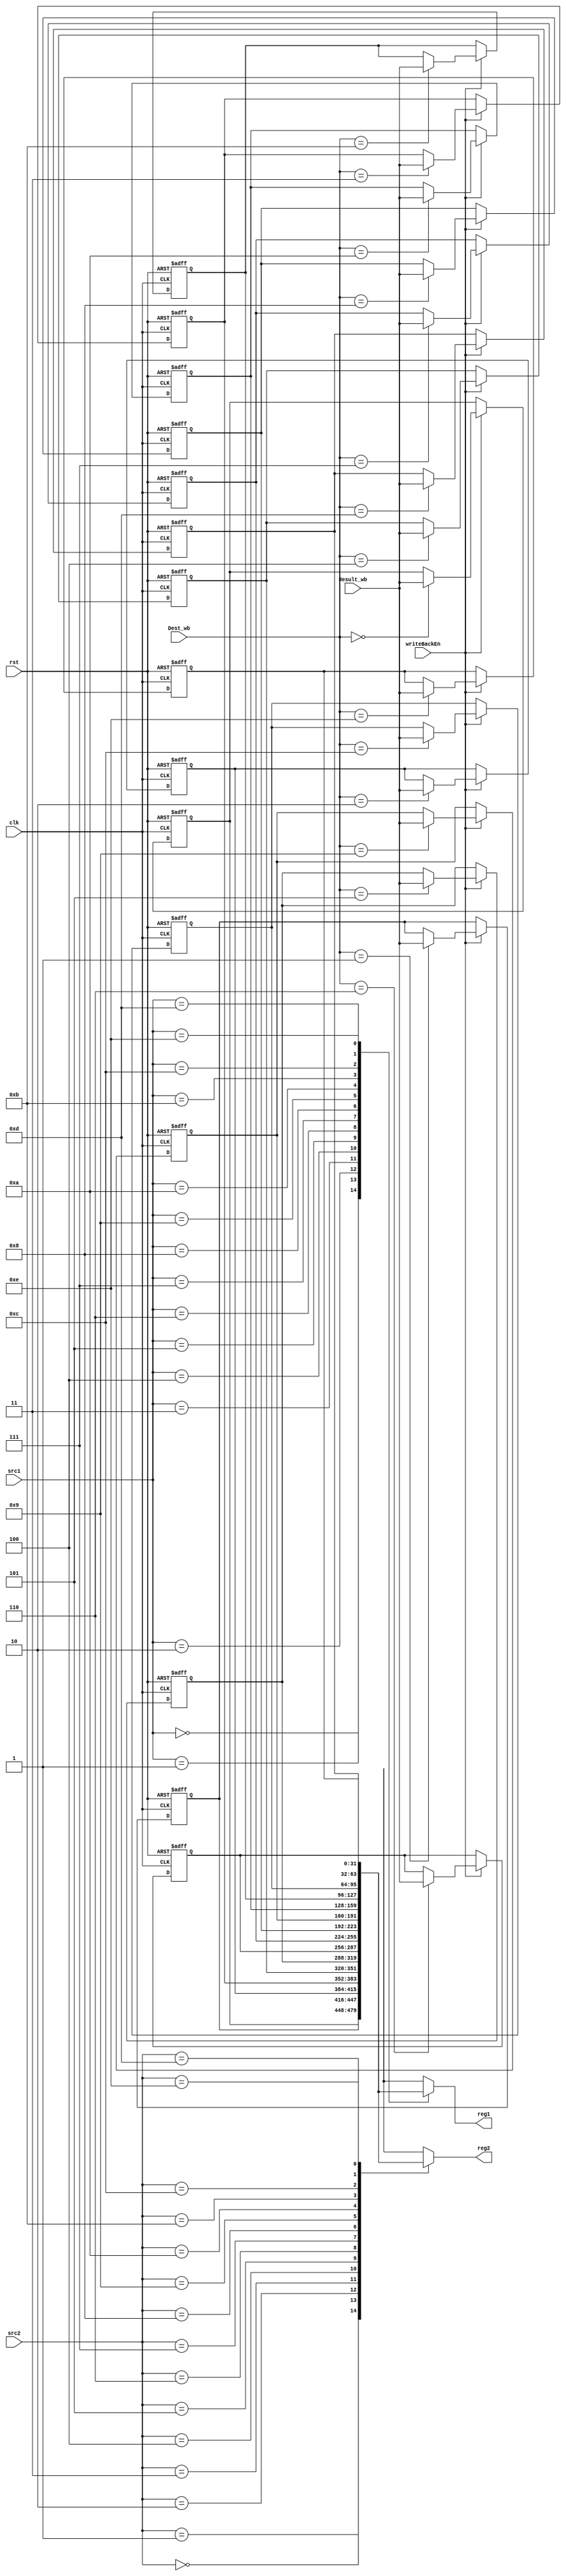
module RegisterFile (
    clk,
    rst,
    src1,
    src2, 
    Dest_wb,
    Result_wb,
    writeBackEn,
    reg1,
    reg2
);

    input wire clk, rst;
    input wire [3:0] src1, src2, Dest_wb;
    input wire [31:0] Result_wb; 
    input wire writeBackEn;
    output wire [31:0] reg1, reg2;

    reg [31:0] Reg_File [14:0];

    integer i;

    //Reg_File
    always @(negedge clk, posedge rst) begin
        if (rst) begin
            for (i = 0; i < 15; i = i + 1) begin
                Reg_File[i] <= i;
            end
        end
        else if(writeBackEn) begin
            Reg_File[Dest_wb] <= Result_wb;
        end
    end
    assign reg1 = Reg_File[src1];
    assign reg2 = Reg_File[src2];
endmodule